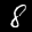
Label: 8